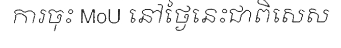
ការចុះ MoU នៅថ្ងៃនេះជាពិសេស